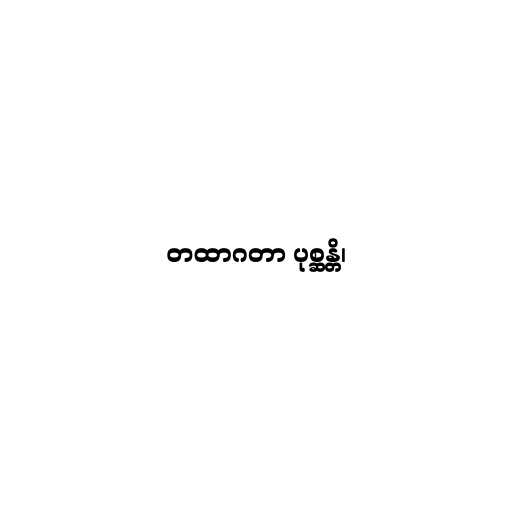
တထာဂတာ ပုစ္ဆန္တိ၊